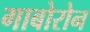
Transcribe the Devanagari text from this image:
गाबोरोन